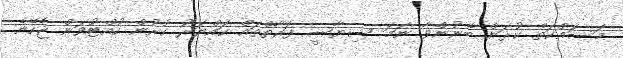
މަސައްކަތް ކުރަން ބޭނުންވާ ނަމަ ސިޔާސީ ފަރާތްތައް ހައްޔަރު ކުރުން ހުއްޓުވަން ޖެހޭނެ